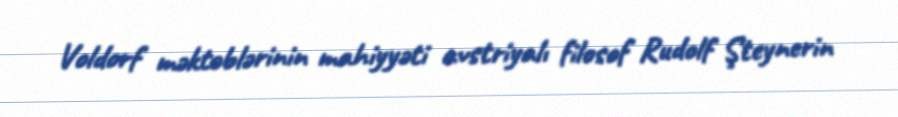
Voldorf məktəblərinin mahiyyəti avstriyalı filosof Rudolf Şteynerin